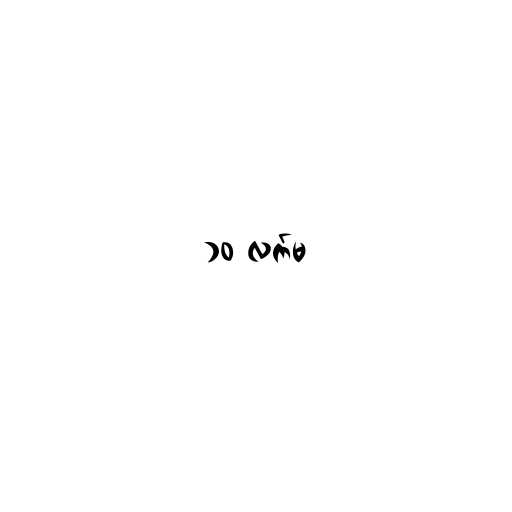
၁၀ လက်မ